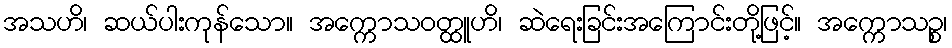
အသဟိ၊ ဆယ်ပါးကုန်သော။ အက္ကောသဝတ္ထူဟိ၊ ဆဲရေးခြင်းအကြောင်းတို့ဖြင့်။ အက္ကောသဉ္စ၊